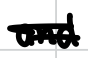
Text: and
Cross-out: double-line
Writing tool: digital_black